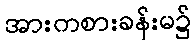
အားကစားခန်းမ၌